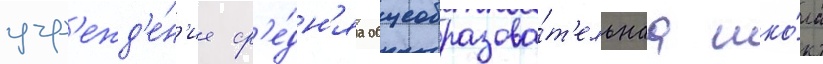
учр'ежд'е́н'ие ср'е́дн'яа общеобразова́т'ельнаа шко́ла